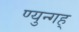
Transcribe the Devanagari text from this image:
ण्युन्गह्